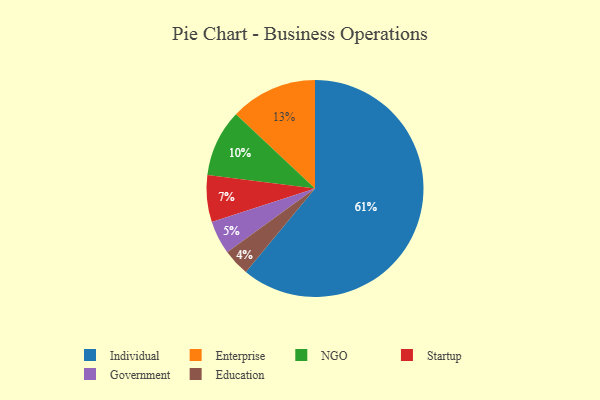
{"axis": {"x": "Category", "y": "Percentage"}, "legend": ["Education", "Enterprise", "Government", "Individual", "NGO", "Startup"], "data": [{"x": "Enterprise", "y": 13, "type": "Enterprise"}, {"x": "Individual", "y": 61, "type": "Individual"}, {"x": "Startup", "y": 7, "type": "Startup"}, {"x": "Government", "y": 5, "type": "Government"}, {"x": "NGO", "y": 10, "type": "NGO"}, {"x": "Education", "y": 4, "type": "Education"}]}